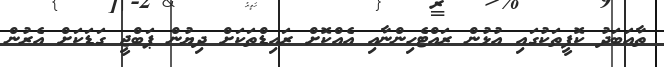
ތާއަބަދު ކޮފީތަކުގައި އުޅުން ރައްޓެހިންނާއި އެއްކޮށް ރައިޑްތަކަށް ދިޔުން ޕަބްޖީ ގަޑަކަށް އެރުން